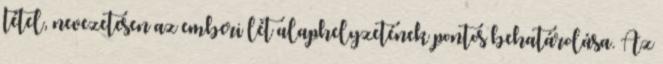
tétel, nevezetesen az emberi lét alaphelyzetének pontos behatárolása. Az